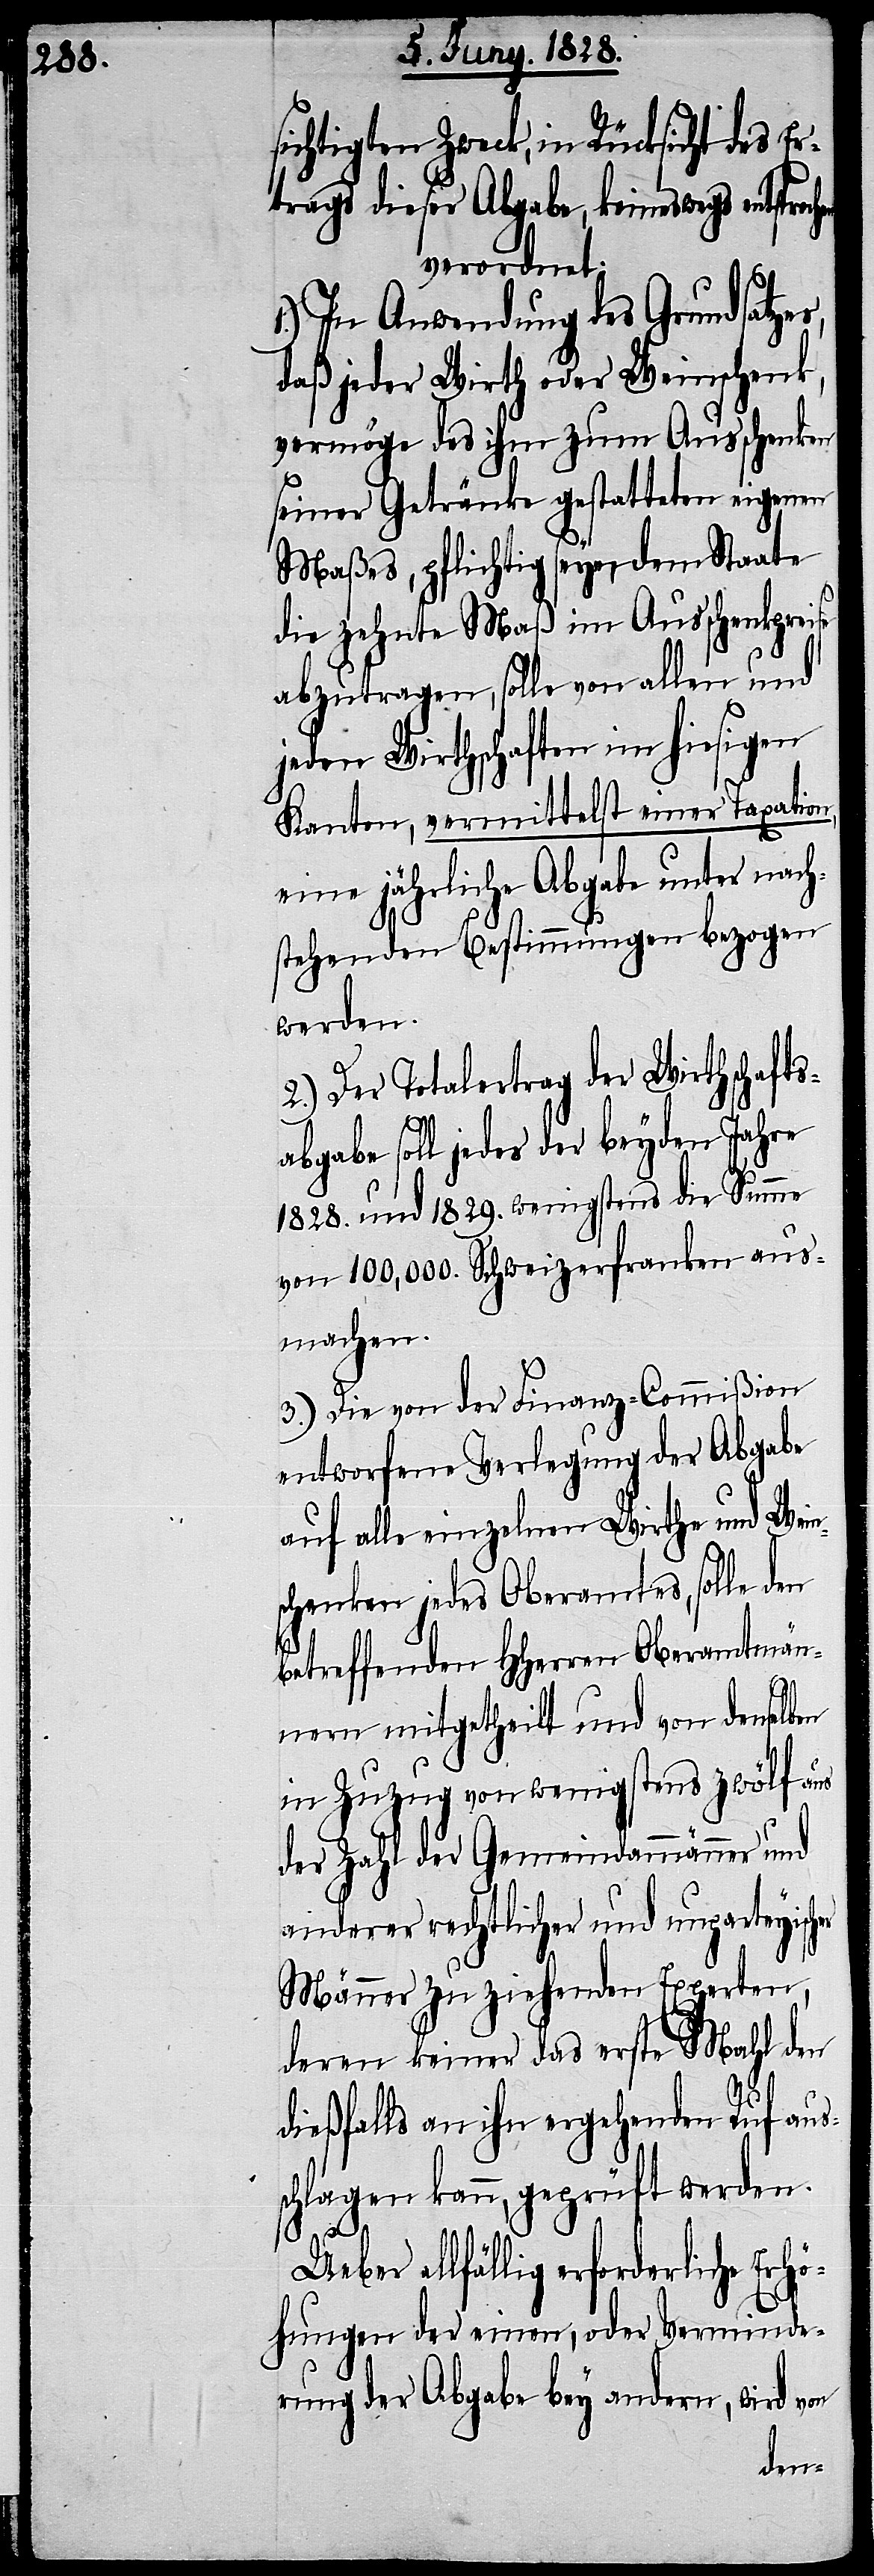
on
sichtigten Zweck, in Rücksicht des E¬
rtrags dieser Abgabe, keineswegs
verordnet:
1.) In Anwendung des Grundsatzes,
daß jeder Wirth oder Weinschenk,
vermöge des ihm zum Ausschenken
seiner Getränke gestatteten eigenen
Maßes, pflichtig seye, dem Staate
die zehnte Maß im Ausschenkpreise
abzutragen, solle von allen und
jeden Wirthschaften im hiesigen
Kanton, vermittelst einer Taxation,
eine jährliche Abgabe unter nach¬
stehenden Bestimmungen bezogen
werden.
2.) Der Totalertrag der Wirthschafts¬
abgabe soll jedes der beyden Jahre
1828. und 1829. wenigstens die Summe
von 100,000. Schweizerfranken aus¬
machen.
3.) Die von der Finanz-Commißion
entworfene Verlegung der Abgabe
auf alle einzelnen Wirthe und Wein¬
schenken jedes Oberamtes, solle den
betreffenden HHerren Oberamtmän¬
nern mitgetheilt und von denselben
in Zuzug von wenigstens zwölf aus
der Zahl der Gemeindammänner und
anderer rechtlicher und unparteyisch¬
Männer zu ziehenden Experten,
deren keiner das erste Mahl den
dießfalls an ihn ergehenden Ruf aus¬
schlagen kann, geprüft werden.
Ueber allfällig erforderliche Erhö¬
hungen der einen, oder Verminde¬
rung der Abgabe bey andern, wird v¬